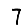
Digit: 7